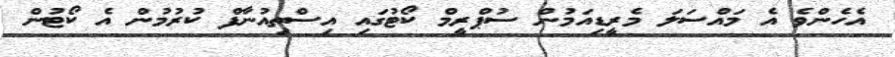
އެހެންވެ އެ މައްސަލަ މެރީޑިއަމުން ސުޕްރީމް ކޯޓުގައި އިސްތިއުނާފް ކުރުމުން އެ ކޯޓުން